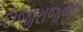
દાજીરાજજી